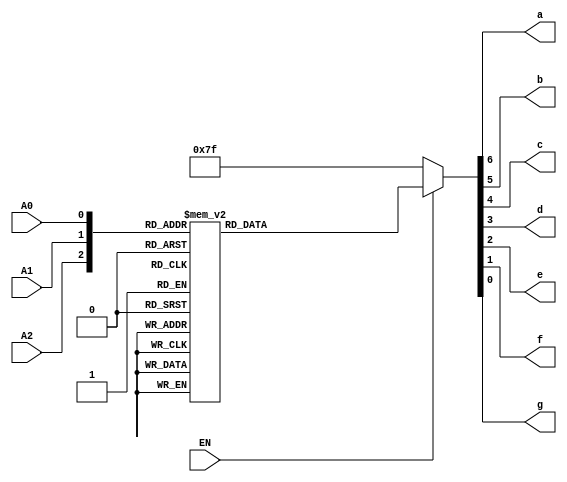
`timescale 1ns / 1ps
//////////////////////////////////////////////////////////////////////////////////
// Company: 
// 
// Design Name: 
// Module Name: seven_seg
// Project Name: 
// Target Devices: 
// Tool Versions: 
// Description: 
// 
// Dependencies: 
// 
// Revision:
// Revision 0.01 - File Created
// Additional Comments:
// 
//////////////////////////////////////////////////////////////////////////////////


module seven_seg(
    input EN,
    input A2, A1, A0,
    output a, b, c, d, e, f, g
    );

wire [2:0] A;
reg [6:0] segments;

assign A = {A2, A1, A0};

always @(*)
    if (EN) begin
        case (A)
            3'b000: segments = 7'b0000001;
            3'b001: segments = 7'b1001111;
            3'b010: segments = 7'b0010010;
            3'b011: segments = 7'b0000110;
            3'b100: segments = 7'b1001100;
            3'b101: segments = 7'b0100100;
            3'b110: segments = 7'b0100000;
            3'b111: segments = 7'b1111110;  // 7 never appears, used for minus sign
        endcase
    end
    else begin
        segments = 7'b1111111;
    end

assign {a, b, c, d, e, f, g} = segments;

endmodule